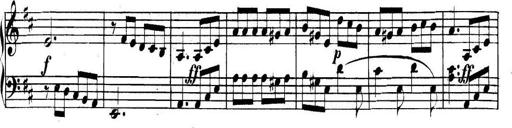
Title: Collected Piano Sonatas
Composer: Muzio Clementi